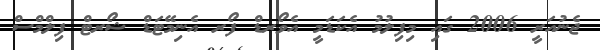
ޖެނުއަރީ 2006 ގައި މިފިލުމު އެކަޑަމީ އެވޯރޑް ފޯރ އެނިމޭޓަޑް ޝޯރޓް ފިލްމްސް